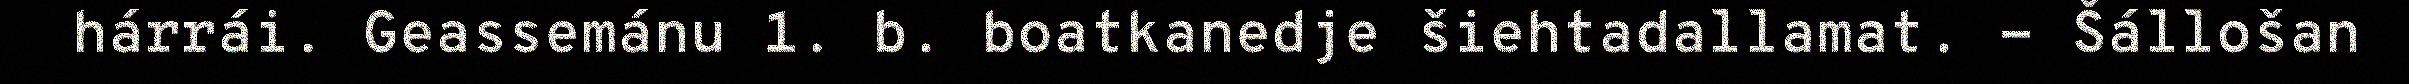
hárrái. Geassemánu 1. b. boatkanedje šiehtadallamat. - Šállošan